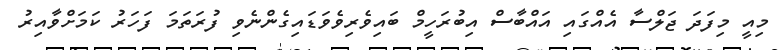
މިއީ މިފަދަ ޖަލްސާ އެއްގައި އައްބާސް އިބުރަހީމް ބައިވެރިވެވަޑައިގެންނެވި ފުރަތަމަ ފަހަރު ކަމަށްވާއިރު